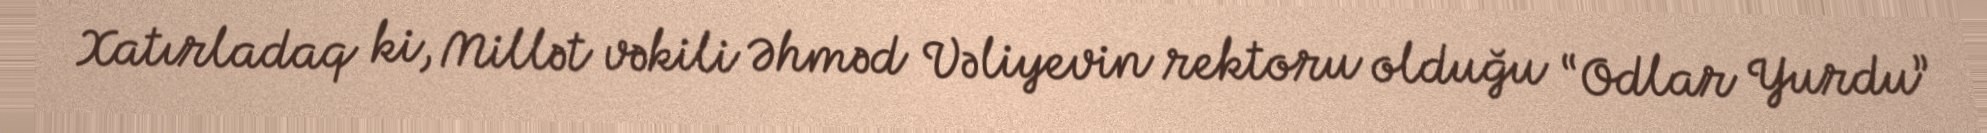
Xatırladaq ki, Millət vəkili Əhməd Vəliyevin rektoru olduğu “Odlar Yurdu”